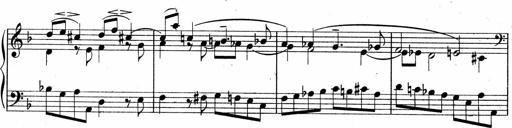
Title: Sonatina No.5
Composer: Otto Stoll
Key: F-sharp minor